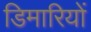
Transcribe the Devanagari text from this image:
डिमारियों